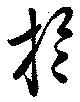
於